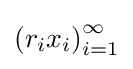
\left(r_{i}x_{i}\right)_{i=1}^{\infty }